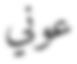
عوني